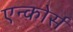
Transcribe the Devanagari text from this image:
एन्कोर्स